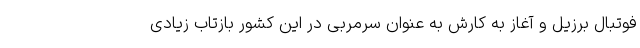
فوتبال برزیل و آغاز به کارش به عنوان سرمربی در این کشور بازتاب زیادی